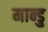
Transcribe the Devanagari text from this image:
मान्डु